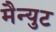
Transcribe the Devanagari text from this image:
मैन्युट